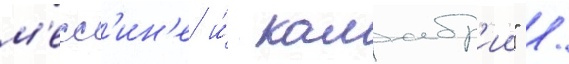
м'есс'ин'е и́ калабр'ии" /